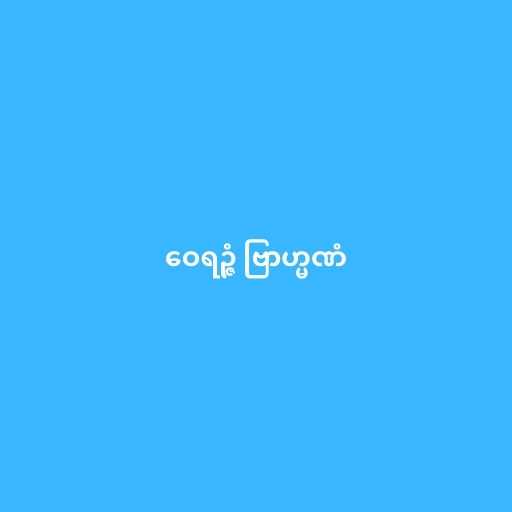
ဝေရဉ္ဇံ ဗြာဟ္မဏံ